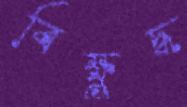
বিক্ষুদ্ধ